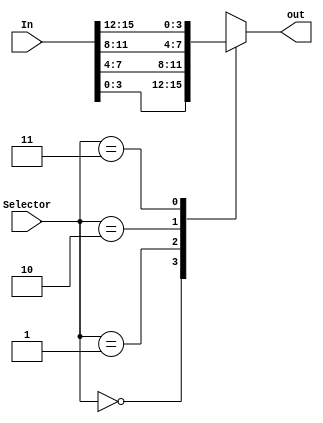
`timescale 1ns / 1ps

module SekectorSwitches(out, In, Selector);
//size
input wire [15:0] In;
input wire [1:0] Selector;
output reg [3:0] out;


always@(*)
begin
    case(Selector)
    2'b00:  out = In[3:0];
    2'b01:  out = In[7:4];
    2'b10:  out = In[11:8];
    2'b11:  out = In[15:12];
    default:out = 4'bzzzz;
    endcase
end

endmodule